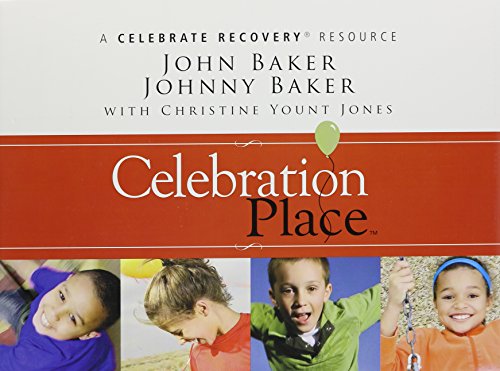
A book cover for Celebration Place: A Celebrate RecoveryÂ® Resource; John Baker; Christian Books & Bibles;